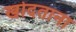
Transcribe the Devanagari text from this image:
खोदताना